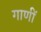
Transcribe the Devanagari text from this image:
गाणीं